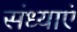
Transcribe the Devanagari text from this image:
संध्याएं